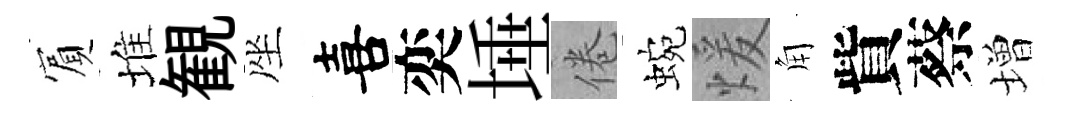
賔堆観座喜奕埵倦蜿煖角貲蔡増